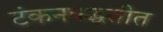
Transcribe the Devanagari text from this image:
टंकनपद्धतीत